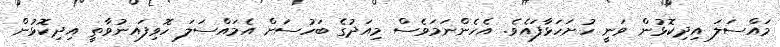
މައްސަލަ އިދިކޮޅުން ވަނީ ހުށަހަޅާފައެވެ. އެހެންނަމަވެސް މިއަދުގެ ބަހުސަށް އެމައްސަލަ ހޮވިފައނުވާތީ އިދިކޮޅުން